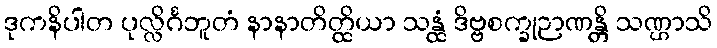
ဒုကနိပါတ ပုလ္လိင်္ဂဘူတံ နာနာတိတ္ထိယာ သန္ထံ ဒိဗ္ဗစက္ခုဉာဏန္တိ သဏ္ဌာသိ